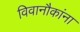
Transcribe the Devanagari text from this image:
विवानौकांना